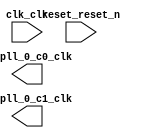

module unsaved (
	clk_clk,
	reset_reset_n,
	altpll_0_c0_clk,
	altpll_0_c1_clk);	

	input		clk_clk;
	input		reset_reset_n;
	output		altpll_0_c0_clk;
	output		altpll_0_c1_clk;
endmodule